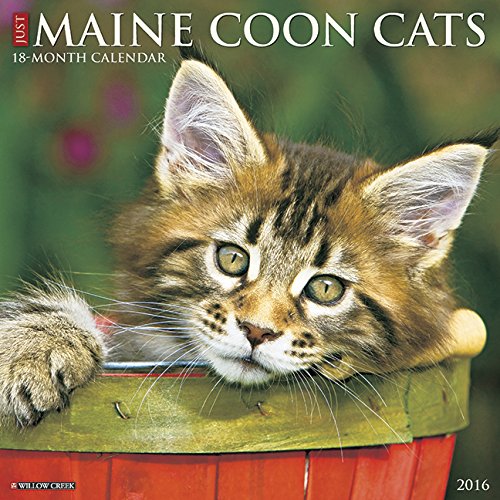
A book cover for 2016 Just Maine Coon Cats Wall Calendar; Willow Creek Press; Calendars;